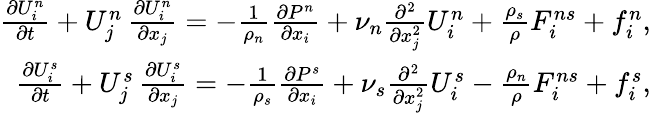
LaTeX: \begin{array}{r}{\frac{\partial U_{i}^{n}}{\partial t}+U_{j}^{n}\, \frac{\partial U_{i}^{n}}{\partial x_{j}}=-\frac{1}{\rho_{n}}\frac{\partial P^{n}}{\partial x_{i}}+\nu_{n}\frac{\partial^{2}}{\partial x_{j}^{2}}U_{i}^{n}+\frac{\rho_{s}}{\rho}F_{i}^{ns}+f_{i}^{n},}\\ {\frac{\partial U_{i}^{s}}{\partial t}+U_{j}^{s}\, \frac{\partial U_{i}^{s}}{\partial x_{j}}=-\frac{1}{\rho_{s}}\frac{\partial P^{s}}{\partial x_{i}}+\nu_{s}\frac{\partial^{2}}{\partial x_{j}^{2}}U_{i}^{s}-\frac{\rho_{n}}{\rho}F_{i}^{ns}+f_{i}^{s},}\end{array}